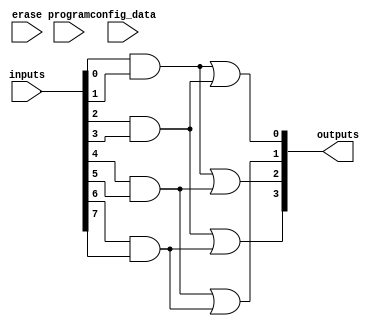
module EPLD (
    input wire [N-1:0] inputs,     // N input signals
    input wire [M-1:0] config_data, // Configuration data for programming
    input wire program,             // Programming signal
    input wire erase,               // Erase signal
    output wire [P-1:0] outputs     // P output signals
);

// Parameter definitions
parameter N = 8; // Number of inputs
parameter M = 16; // Configuration bits
parameter P = 4;  // Number of outputs

// Internal signals
reg [M-1:0] config_memory; // Memory to store configuration data
reg [P-1:0] logic_output;   // Logic outputs
reg [N-1:0] and_terms;      // AND gate terms
reg [P-1:0] or_terms;       // OR gate terms

// I/O Block
assign outputs = logic_output;

// Programmable Logic Array (PLA)
always @(*) begin
    // AND gate logic (example)
    and_terms[0] = inputs[0] & inputs[1];
    and_terms[1] = inputs[2] & inputs[3];
    and_terms[2] = inputs[4] & inputs[5];
    and_terms[3] = inputs[6] & inputs[7];

    // OR gate logic (example)
    logic_output[0] = and_terms[0] | and_terms[1];
    logic_output[1] = and_terms[2] | and_terms[3];
    logic_output[2] = and_terms[0] | and_terms[2];
    logic_output[3] = and_terms[1] | and_terms[3];
end

// Control Logic for Programming and Erasing
always @(posedge program or posedge erase) begin
    if (erase) begin
        // Erase the configuration memory
        config_memory <= 0;
    end else if (program) begin
        // Load new configuration data
        config_memory <= config_data;
    end
end

endmodule